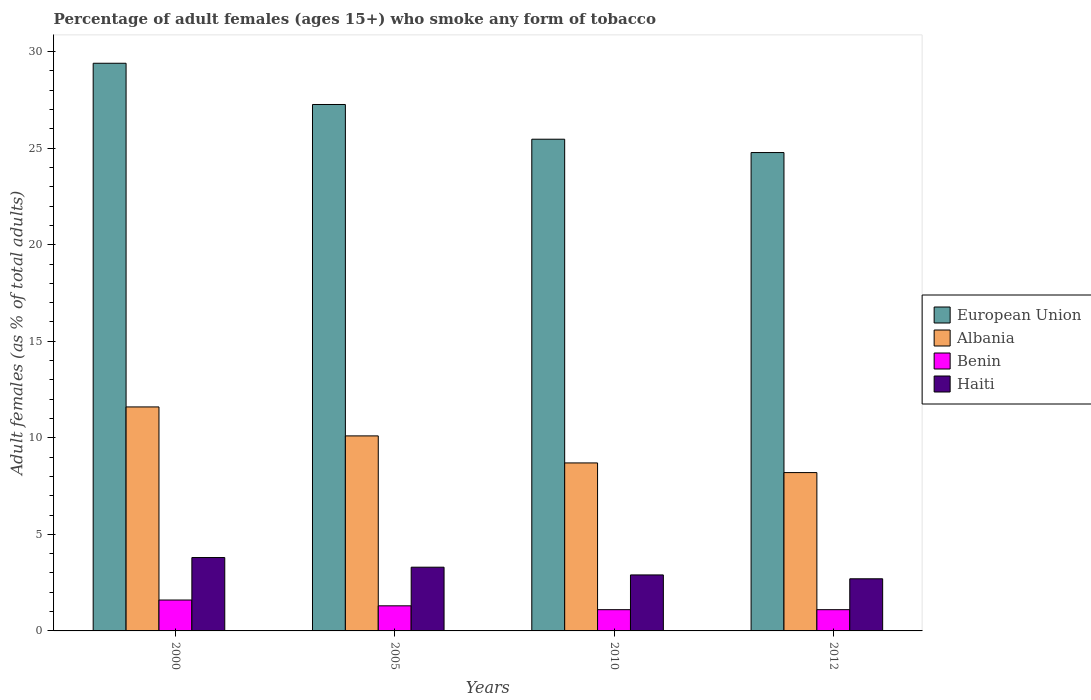
| Years | European Union | Albania | Benin | Haiti |
 | --- | --- | --- | --- | --- |
 | 2000 | 29.4 | 11.6 | 1.6 | 3.8 |
 | 2005 | 27.3 | 10.1 | 1.3 | 3.3 |
 | 2010 | 25.5 | 8.7 | 1.1 | 2.9 |
 | 2012 | 24.8 | 8.2 | 1.1 | 2.7 |